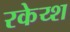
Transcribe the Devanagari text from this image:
रकेय्श